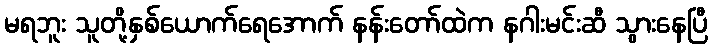
မရဘူး သူတို့နှစ်ယောက်ရေအောက် နန်းတော်ထဲက နဂါးမင်းဆီ သွားနေပြီ